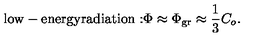
\mathrm { l o w - e n e r g y r a d i a t i o n : } \Phi \approx \Phi _ { \mathrm { g r } } \approx { \frac { 1 } { 3 } } C _ { o } .